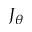
J _ { \theta }